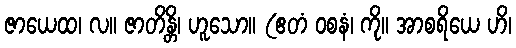
ဇာယေထ၊ လ။ ဇာတိန္တိ၊ ဟူသော။ (ဧတံ ဝစနံ၊ ကို။ အာစရိယေ ဟိ၊